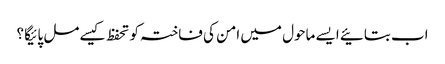
اب بتائیے ایسے ماحول میں امن کی فاختہ کو تحفظ کیسے مل پائیگا ؟